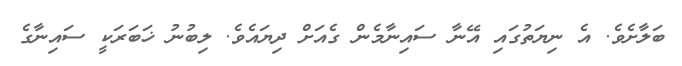
ބަލާށެވެ. އެ ނިޔަތުގައި އޭނާ ސައިނާމެން ގެއަށް ދިޔައެވެ. ލިބުނު ޚަބަރަކީ ސައިނާގެ